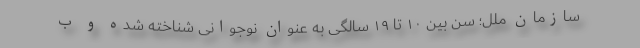
سازمان ملل؛ سن بین ۱۰ تا ۱۹ سالگی به عنوان نوجوانی شناخته شده و ب